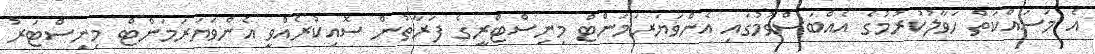
އެ މަސައްކަތް ހަވާލުކުރުމުގެ އެއްބަސްވުމުގައި އެންވަޔަރަމަންޓް މިނިސްޓްރީގެ ފަރާތުން ސޮއިކުރެއްވީ އެންވަޔަރަމަންޓް މިނިސްޓަރު